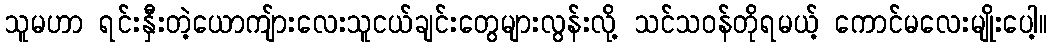
သူမဟာ ရင်းနှီးတဲ့ယောကျ်ားလေးသူငယ်ချင်းတွေများလွန်းလို့ သင်သဝန်တိုရမယ့် ကောင်မလေးမျိုးပေါ့။